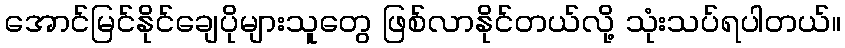
အောင်မြင်နိုင်ချေပိုများသူတွေ ဖြစ်လာနိုင်တယ်လို့ သုံးသပ်ရပါတယ်။